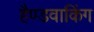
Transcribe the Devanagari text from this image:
हैण्डवाकिंग